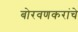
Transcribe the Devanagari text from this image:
बोरवणकरांचे